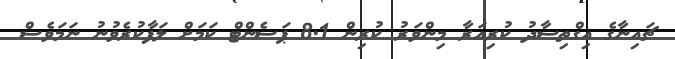
ޗައިނާގެ އިގްތިސާދު ކުރިއަރާ މިންވަރު ކުރިން 8.1 ޕަސެންޓް ކަމަށް ލަފާކުރެވުނު ނަމަވެސް